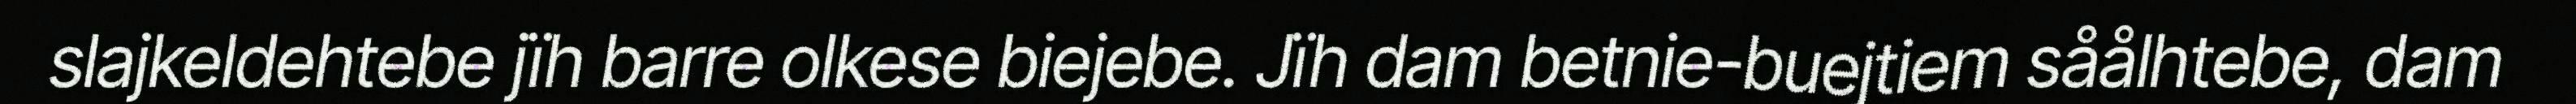
slajkeldehtebe jïh barre olkese biejebe. Jïh dam betnie-buejtiem såålhtebe, dam